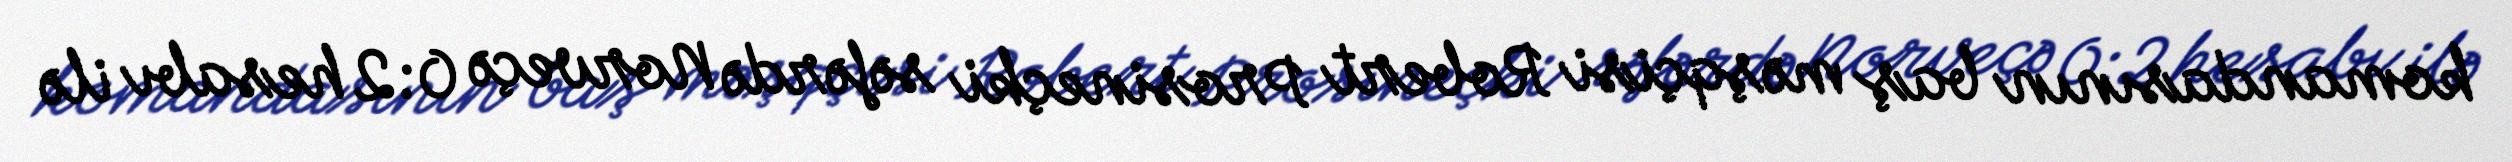
komandasının baş məşqçisi Robert Prosineçki səfərdə Norveçə 0:2 hesabı ilə